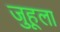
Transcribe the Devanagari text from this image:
जुहूला